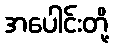
အပေါင်းတို့